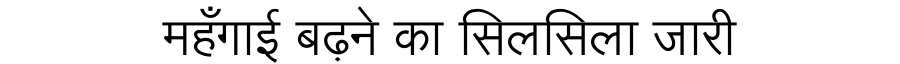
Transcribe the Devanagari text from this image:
महँगाई बढ़ने का सिलसिला जारी